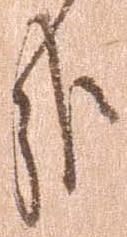
哉